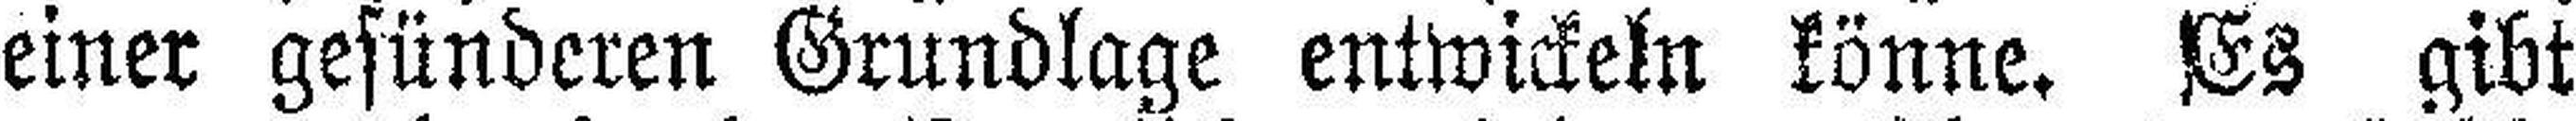
einer gesünderen Grundlage entwickeln könne. Es gibt